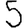
Digit: 5